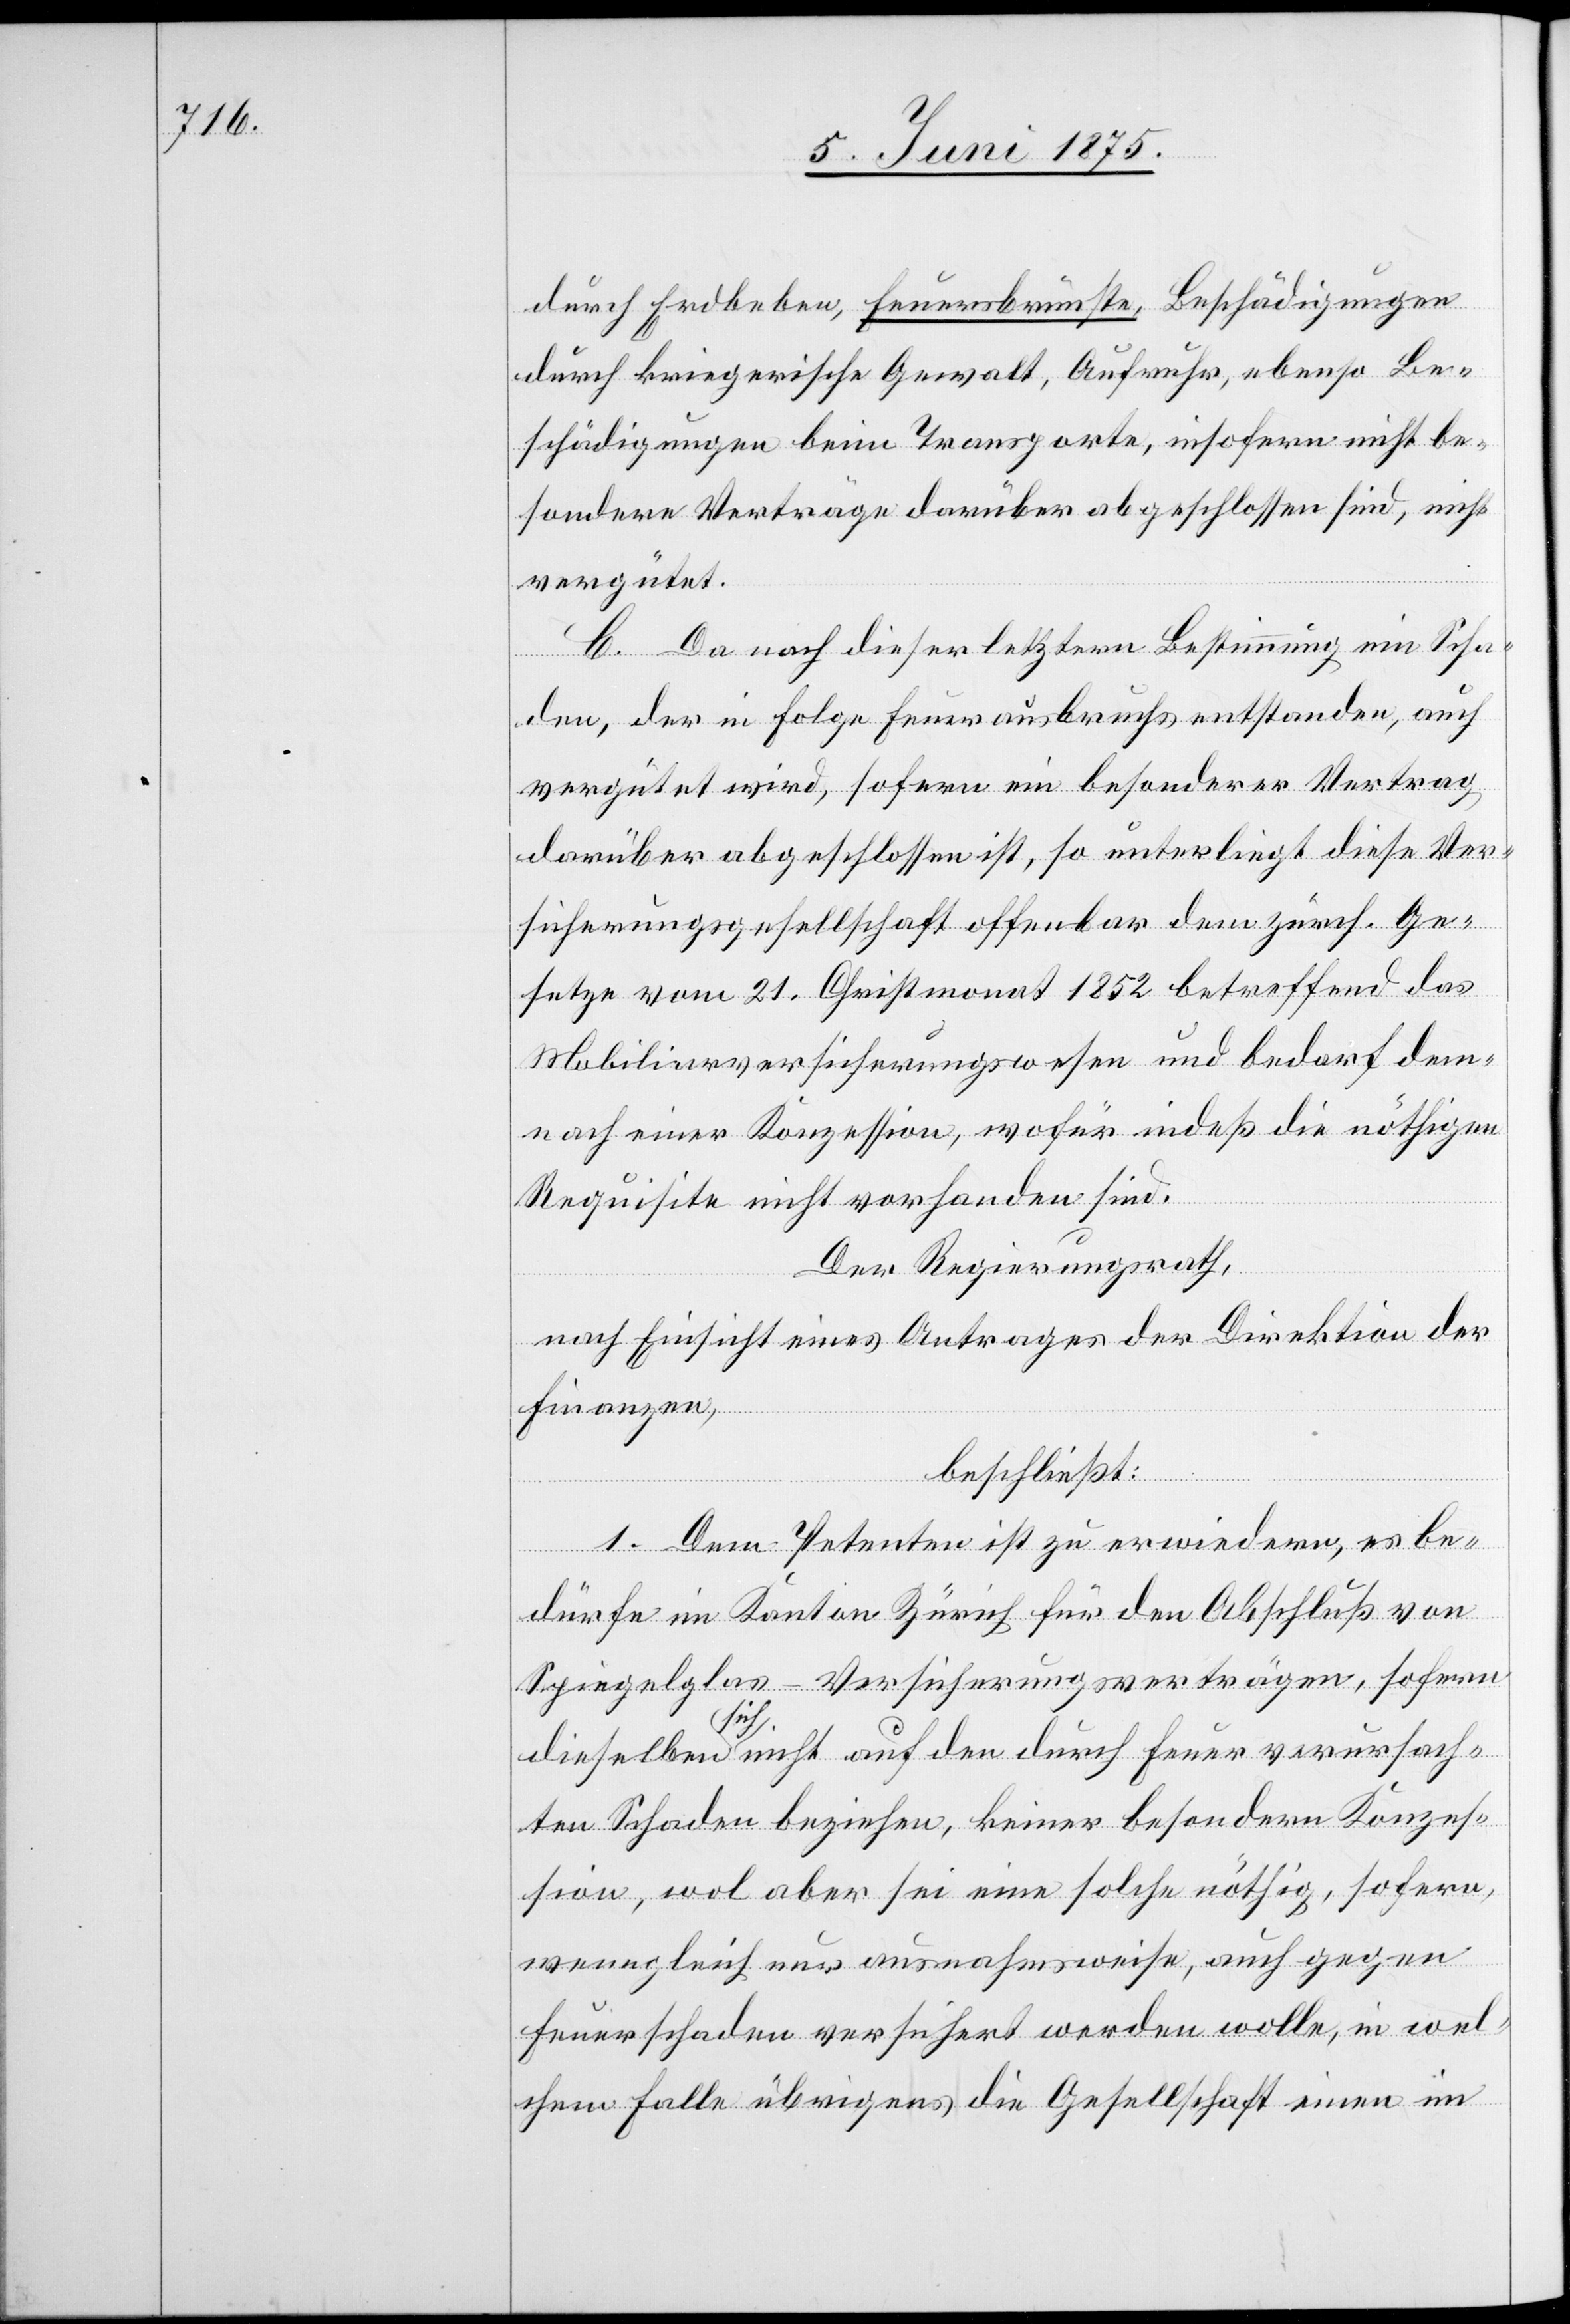
durch Erdbeben, Feuersbrünste, Beschädigungen
durch kriegerische Gewalt, Aufruhr, ebenso Be¬
schädigungen beim Transporte, insofern nicht be¬
sondere Verträge darüber abgeschlossen sind, nicht
vergütet.
C. Da nach dieser letzten Bestimmung ein Scha¬
den, der in Folge Feuerausbruchs entstanden, auch
vergütet wird, sofern ein besonderer Vertrag
darüber abgeschlossen ist, so unterliegt diese Ver¬
sicherungsgesellschaft offenbar dem zürch. Ge¬
setze vom 21. Christmonat 1852 betreffend das
Mobiliarversicherungswesen und bedarf dem
nach einer Konzession, wofür indeß die nöthigen
Requisite nicht vorhanden sind.
Der Regierungsrath,
nach Einsicht eines Antrages der Direktion der
Finanzen,
beschließt:
1. Dem Petenten ist zu erwiedern, es be¬
dürfe im Kanton Zürich für den Abschluß von
Spiegelglas-Versicherungsverträgen, sofern
dieselben sich nicht auf den durch Feuer verursach¬
ten Schaden beziehen, keiner besondern Konzes¬
sion, wol aber sei seine solche nöthig, sofern,
wenngleich nur ausnahmsweise, auch gegen
Feuerschaden versichert werden wolle, in wel¬
chem Falle übrigens die Gesellschaft einen im